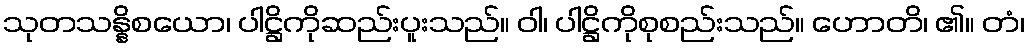
သုတသန္နိစယော၊ ပါဋ္ဌိကိုဆည်းပူးသည်။ ဝါ၊ ပါဋ္ဌိကိုစုစည်းသည်။ ဟောတိ၊ ၏။ တံ၊